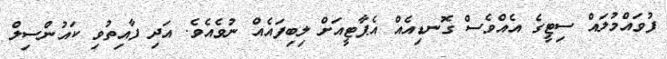
ފުވައްމުލައް ސިޓީގެ އެއްވެސް ގޮނޑިއެއް އެޕާޓީއަށް ލިބިފައެއް ނުވެއެވެ. އަދި ފާއިތުވި ކައުންސިލް